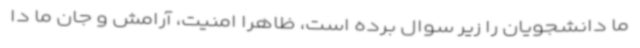
ما دانشجویان را زیر سوال برده است، ظاهرا امنیت، آرامش و جان ما دا